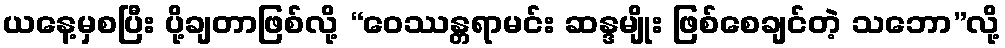
ယနေ့မှစပြီး ပို့ချတာဖြစ်လို့ “ဝေဿန္တရာမင်း ဆန္ဒမျိုး ဖြစ်စေချင်တဲ့ သဘော”လို့